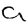
Digit: 9